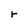
Character: r